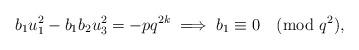
LaTeX: \begin{align*} b_{1}u_{1}^{2} - b_{1}b_{2}u_{3}^{2} = -pq^{2k} \implies b_{1} \equiv 0 \pmod {q^2},\end{align*}